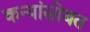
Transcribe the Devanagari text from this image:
कन्यांसोबत